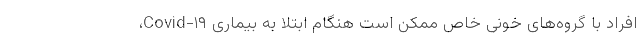
افراد با گروه‌های خونی خاص ممکن است هنگام ابتلا به بیماری Covid-۱۹،